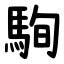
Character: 駨